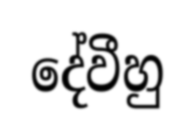
දේවීහු